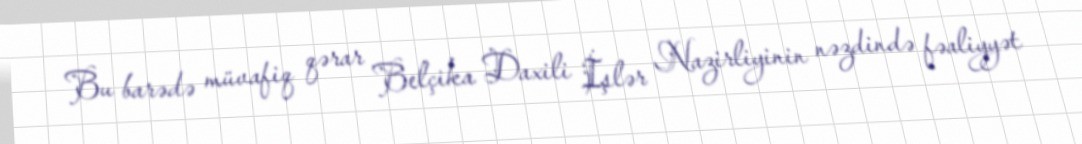
Bu barədə müvafiq qərar Belçika Daxili İşlər Nazirliyinin nəzdində fəaliyyət